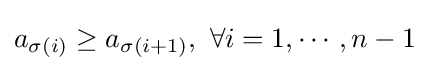
a_{\sigma (i)}\geq a_{\sigma (i+1)},\ \forall i=1,\cdots ,n-1